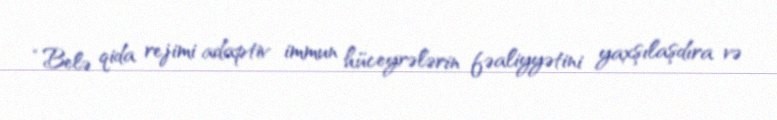
“Belə qida rejimi adaptiv immun hüceyrələrin fəaliyyətini yaxşılaşdıra və